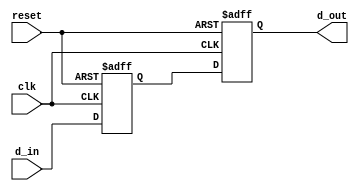
module two_flop_synchronizer (
    input wire clk,       // Clock signal
    input wire reset,     // Reset signal
    input wire d_in,      // Input signal to be synchronized
    output reg d_out      // Synchronized output signal
);

reg q1, q2;

// First flip-flop: captures the incoming signal on rising edge of clock
always @(posedge clk or posedge reset) begin
    if (reset) begin
        q1 <= 1'b0;
    end else begin
        q1 <= d_in;
    end
end

// Second flip-flop: samples the output of first flip-flop on next rising edge of clock
always @(posedge clk or posedge reset) begin
    if (reset) begin
        q2 <= 1'b0;
    end else begin
        q2 <= q1;
    end
end

// Output the synchronized signal
assign d_out = q2;

endmodule